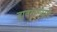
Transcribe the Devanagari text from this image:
डावळल्याने